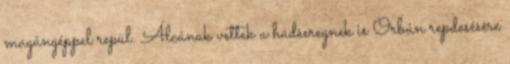
magángéppel repül. Álcának vettek a hadseregnek is Orbán repdesésére